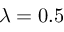
\lambda = 0 . 5